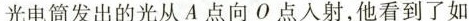
光电筒发出的光从A点向O点入射，他看到了如